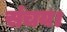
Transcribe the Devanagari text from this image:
संचय।